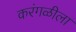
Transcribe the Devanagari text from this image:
करंगळीला